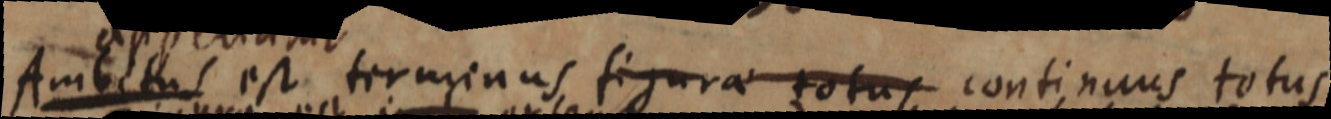
Ambitus est terminus figurae totus continuus totus